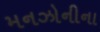
મનઝોનીના